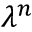
\lambda ^ { n }